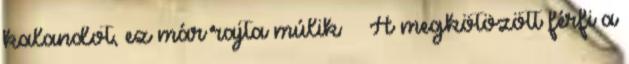
kalandot, ez már rajta múlik A megkötözött férfi a